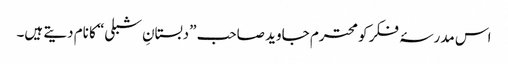
اس مدرسۂ فکر کو محترم جاوید صاحب ”دبستانِ شبلی“ کا نام دیتے ہیں۔